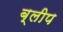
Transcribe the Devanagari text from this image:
ब्लीप